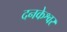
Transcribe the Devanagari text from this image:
दनकेश्वर